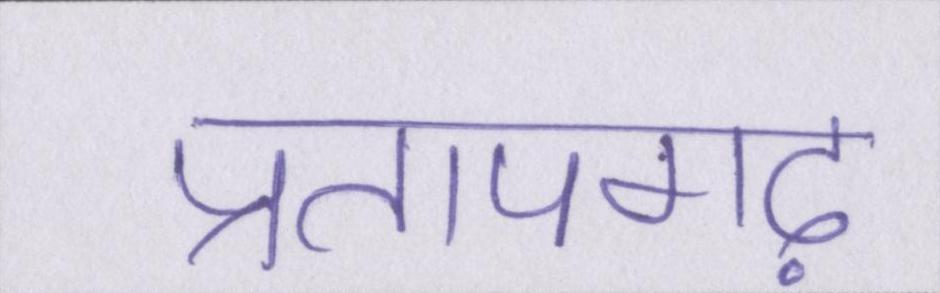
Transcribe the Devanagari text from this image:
प्रतापगढ़